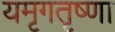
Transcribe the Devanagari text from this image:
यमृगतृष्णा